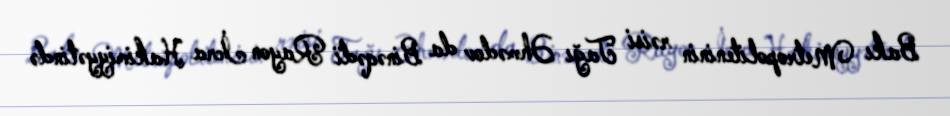
Bakı Metropoliteninin rəisi Tağı Əhmədov da Binəqədi Rayon İcra Hakimiyyətində